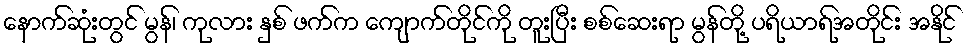
နောက်ဆုံးတွင် မွန်၊ ကုလား နှစ် ဖက်က ကျောက်တိုင်ကို တူးပြီး စစ်ဆေးရာ မွန်တို့ ပရိယာရ်အတိုင်း အနိုင်